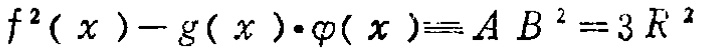
\[f^{2}(x)-g(x)\cdot\varphi(x)\equiv AB^{2}=3R^{2}\]